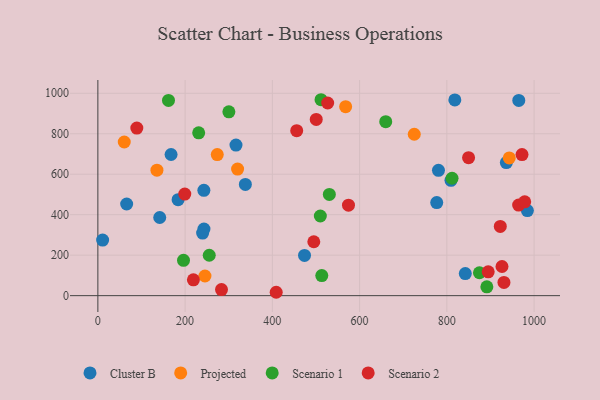
{"axis": {"x": "Ad Spend", "y": "Fuel Efficiency"}, "legend": ["Cluster B", "Projected", "Scenario 1", "Scenario 2"], "data": [{"x": "338.1", "y": 549.4, "type": "Cluster B"}, {"x": "243.2", "y": 328.9, "type": "Cluster B"}, {"x": "10.9", "y": 274.6, "type": "Cluster B"}, {"x": "167.8", "y": 697.4, "type": "Cluster B"}, {"x": "316.6", "y": 744.0, "type": "Cluster B"}, {"x": "473.7", "y": 199.0, "type": "Cluster B"}, {"x": "776.8", "y": 460.0, "type": "Cluster B"}, {"x": "936.4", "y": 657.5, "type": "Cluster B"}, {"x": "183.9", "y": 474.3, "type": "Cluster B"}, {"x": "141.8", "y": 386.1, "type": "Cluster B"}, {"x": "842.3", "y": 109.0, "type": "Cluster B"}, {"x": "240.1", "y": 309.2, "type": "Cluster B"}, {"x": "243.0", "y": 520.5, "type": "Cluster B"}, {"x": "818.3", "y": 967.3, "type": "Cluster B"}, {"x": "964.9", "y": 964.8, "type": "Cluster B"}, {"x": "984.6", "y": 420.5, "type": "Cluster B"}, {"x": "66.0", "y": 452.8, "type": "Cluster B"}, {"x": "780.8", "y": 619.1, "type": "Cluster B"}, {"x": "809.5", "y": 570.0, "type": "Cluster B"}, {"x": "135.4", "y": 619.8, "type": "Projected"}, {"x": "60.5", "y": 759.2, "type": "Projected"}, {"x": "568.0", "y": 933.8, "type": "Projected"}, {"x": "943.1", "y": 680.6, "type": "Projected"}, {"x": "273.7", "y": 697.3, "type": "Projected"}, {"x": "320.3", "y": 625.3, "type": "Projected"}, {"x": "245.5", "y": 97.2, "type": "Projected"}, {"x": "725.3", "y": 797.4, "type": "Projected"}, {"x": "300.3", "y": 908.4, "type": "Scenario 1"}, {"x": "513.3", "y": 99.2, "type": "Scenario 1"}, {"x": "196.3", "y": 174.6, "type": "Scenario 1"}, {"x": "811.9", "y": 580.0, "type": "Scenario 1"}, {"x": "510.0", "y": 393.6, "type": "Scenario 1"}, {"x": "231.1", "y": 804.5, "type": "Scenario 1"}, {"x": "891.7", "y": 43.8, "type": "Scenario 1"}, {"x": "161.9", "y": 964.4, "type": "Scenario 1"}, {"x": "874.7", "y": 113.2, "type": "Scenario 1"}, {"x": "511.6", "y": 968.1, "type": "Scenario 1"}, {"x": "659.9", "y": 859.4, "type": "Scenario 1"}, {"x": "255.3", "y": 199.6, "type": "Scenario 1"}, {"x": "530.6", "y": 500.3, "type": "Scenario 1"}, {"x": "964.6", "y": 447.7, "type": "Scenario 2"}, {"x": "930.9", "y": 65.2, "type": "Scenario 2"}, {"x": "199.2", "y": 502.0, "type": "Scenario 2"}, {"x": "526.8", "y": 951.9, "type": "Scenario 2"}, {"x": "500.6", "y": 870.6, "type": "Scenario 2"}, {"x": "219.0", "y": 78.1, "type": "Scenario 2"}, {"x": "408.8", "y": 16.7, "type": "Scenario 2"}, {"x": "574.5", "y": 446.9, "type": "Scenario 2"}, {"x": "849.8", "y": 681.8, "type": "Scenario 2"}, {"x": "922.5", "y": 342.0, "type": "Scenario 2"}, {"x": "89.3", "y": 827.9, "type": "Scenario 2"}, {"x": "972.3", "y": 697.1, "type": "Scenario 2"}, {"x": "283.4", "y": 29.8, "type": "Scenario 2"}, {"x": "894.8", "y": 117.5, "type": "Scenario 2"}, {"x": "455.8", "y": 815.1, "type": "Scenario 2"}, {"x": "926.4", "y": 144.0, "type": "Scenario 2"}, {"x": "978.5", "y": 463.5, "type": "Scenario 2"}, {"x": "495.0", "y": 266.4, "type": "Scenario 2"}]}